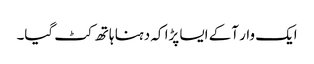
ایک وار آکے ایسا پڑا کہ دہنا ہاتھ کٹ گیا۔